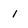
Character: 1